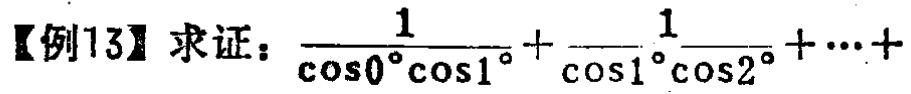
【例13】求证：\(\frac{1}{\cos0^{\circ}\cos1^{\circ}}+\frac{1}{\cos1^{\circ}\cos2^{\circ}}+\cdots+\)